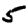
Digit: 5